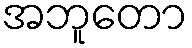
အဘူတော